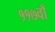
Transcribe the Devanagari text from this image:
११७वाँ